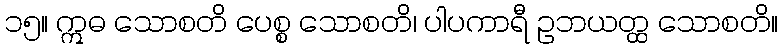
၁၅။ ဣဓ သောစတိ ပေစ္စ သောစတိ၊ ပါပကာရီ ဥဘယတ္ထ သောစတိ။